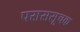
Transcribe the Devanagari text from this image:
पराससूचक